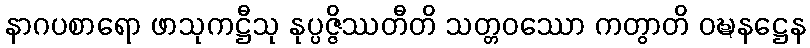
နာဂပစာရော ဖာသုကဋ္ဌီသု နုပ္ပဇ္ဇိဿတီတိ သတ္တဝဿော ကတွာတိ ဝဍ္ဎနဋ္ဌေန